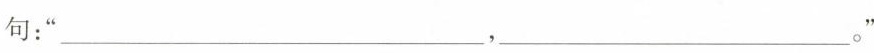
句：“___，___。”